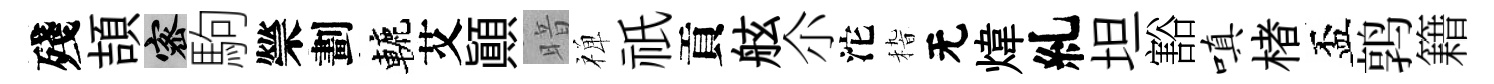
殘頡密駒禜劃轆艾顛暗禅祇貢舷尒沱𥟵无煒糺坦豁嗔楮盃鹑籍